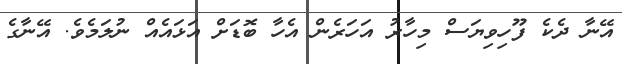
އޭނާ ދެކެ ފޫހިވިޔަސް މިހާރު އަހަރެން އެހާ ބޮޑަށް އަޅައެއް ނުލަމެވެ. އޭނާގެ